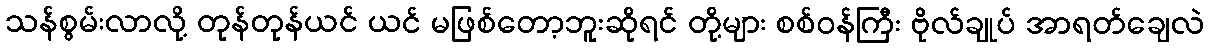
သန်စွမ်းလာလို့ တုန်တုန်ယင် ယင် မဖြစ်တော့ဘူးဆိုရင် တို့များ စစ်ဝန်ကြီး ဗိုလ်ချုပ် အာရတ်ချေလဲ